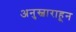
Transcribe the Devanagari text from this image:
अनुस्वाराहून